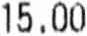
15.00